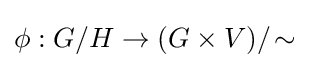
\phi :G/H\to (G\times V)/\!\sim